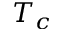
T _ { c }